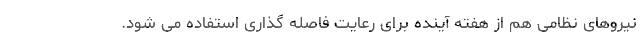
نیروهای نظامی هم از هفته آینده برای رعایت فاصله گذاری استفاده می شود.